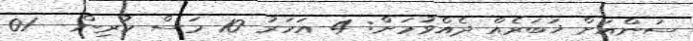
ސަންއަށް ޚަބަރެއް ދެއްވުމަށް: 4 އަހަރު 10 މަސް ކުރިން - 01